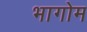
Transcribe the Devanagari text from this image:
भागोम